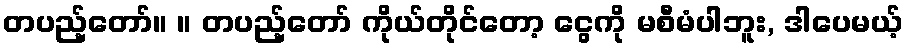
တပည့်တော်။ ။ တပည့်တော် ကိုယ်တိုင်တော့ ငွေကို မစီမံပါဘူး, ဒါပေမယ့်